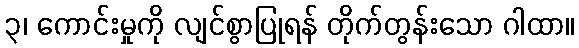
၃၊ ကောင်းမှုကို လျင်စွာပြုရန် တိုက်တွန်းသော ဂါထာ။